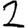
Digit: 2